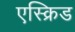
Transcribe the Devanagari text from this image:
एस्क्रिड